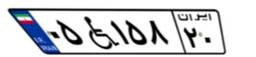
۶۵W۲۲۸۷۶